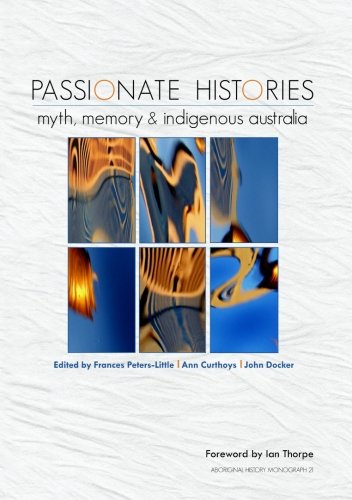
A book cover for Passionate Histories: Myth, memory and Indigenous Australia; Frances Peters-Little; Biographies & Memoirs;